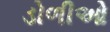
ડોળીઓ